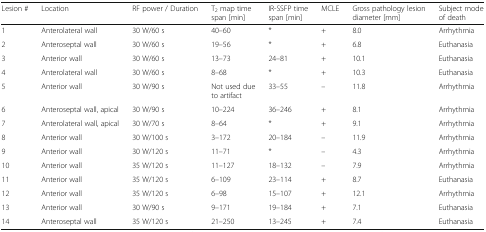
<table><thead><tr><td><b>Lesion #</b></td><td><b>Location</b></td><td><b>RF power / Duration</b></td><td><b>T<sub>2</sub> map time span [min]</b></td><td><b>IR-SSFP time span [min]</b></td><td><b>MCLE</b></td><td><b>Gross pathology lesion diameter [mm]</b></td><td><b>Subject mode of death</b></td></tr></thead><tbody><tr><td>1</td><td>Anterolateral wall</td><td>30 W/60 s</td><td>40–60</td><td>*</td><td>+</td><td>8.0</td><td>Arrhythmia</td></tr><tr><td>2</td><td>Anteroseptal wall</td><td>30 W/60 s</td><td>19–56</td><td>*</td><td>+</td><td>6.8</td><td>Euthanasia</td></tr><tr><td>3</td><td>Anterior wall</td><td>30 W/60 s</td><td>13–73</td><td>24–81</td><td>+</td><td>10.1</td><td>Euthanasia</td></tr><tr><td>4</td><td>Anterolateral wall</td><td>30 W/60 s</td><td>8–68</td><td>*</td><td>+</td><td>10.3</td><td>Euthanasia</td></tr><tr><td>5</td><td>Anterior wall</td><td>30 W/90 s</td><td>Not used due to artifact</td><td>33–55</td><td>–</td><td>11.8</td><td>Arrhythmia</td></tr><tr><td>6</td><td>Anteroseptal wall, apical</td><td>30 W/90 s</td><td>10–224</td><td>36–246</td><td>+</td><td>8.1</td><td>Arrhythmia</td></tr><tr><td>7</td><td>Anterolateral wall, apical</td><td>30 W/70 s</td><td>8–64</td><td>*</td><td>+</td><td>9.1</td><td>Arrhythmia</td></tr><tr><td>8</td><td>Anterior wall</td><td>30 W/100 s</td><td>3–172</td><td>20–184</td><td>–</td><td>11.9</td><td>Arrhythmia</td></tr><tr><td>9</td><td>Anterior wall</td><td>30 W/120 s</td><td>11–71</td><td>*</td><td>–</td><td>4.3</td><td>Arrhythmia</td></tr><tr><td>10</td><td>Anterior wall</td><td>35 W/120 s</td><td>11–127</td><td>18–132</td><td>–</td><td>7.9</td><td>Arrhythmia</td></tr><tr><td>11</td><td>Anterior wall</td><td>35 W/120 s</td><td>6–109</td><td>23–114</td><td>+</td><td>8.7</td><td>Euthanasia</td></tr><tr><td>12</td><td>Anterior wall</td><td>35 W/120 s</td><td>6–98</td><td>15–107</td><td>+</td><td>12.1</td><td>Arrhythmia</td></tr><tr><td>13</td><td>Anterior wall</td><td>30 W/90 s</td><td>9–171</td><td>19–184</td><td>+</td><td>7.1</td><td>Euthanasia</td></tr><tr><td>14</td><td>Anteroseptal wall</td><td>35 W/120 s</td><td>21–250</td><td>13–245</td><td>+</td><td>7.4</td><td>Euthanasia</td></tr></tbody></table>